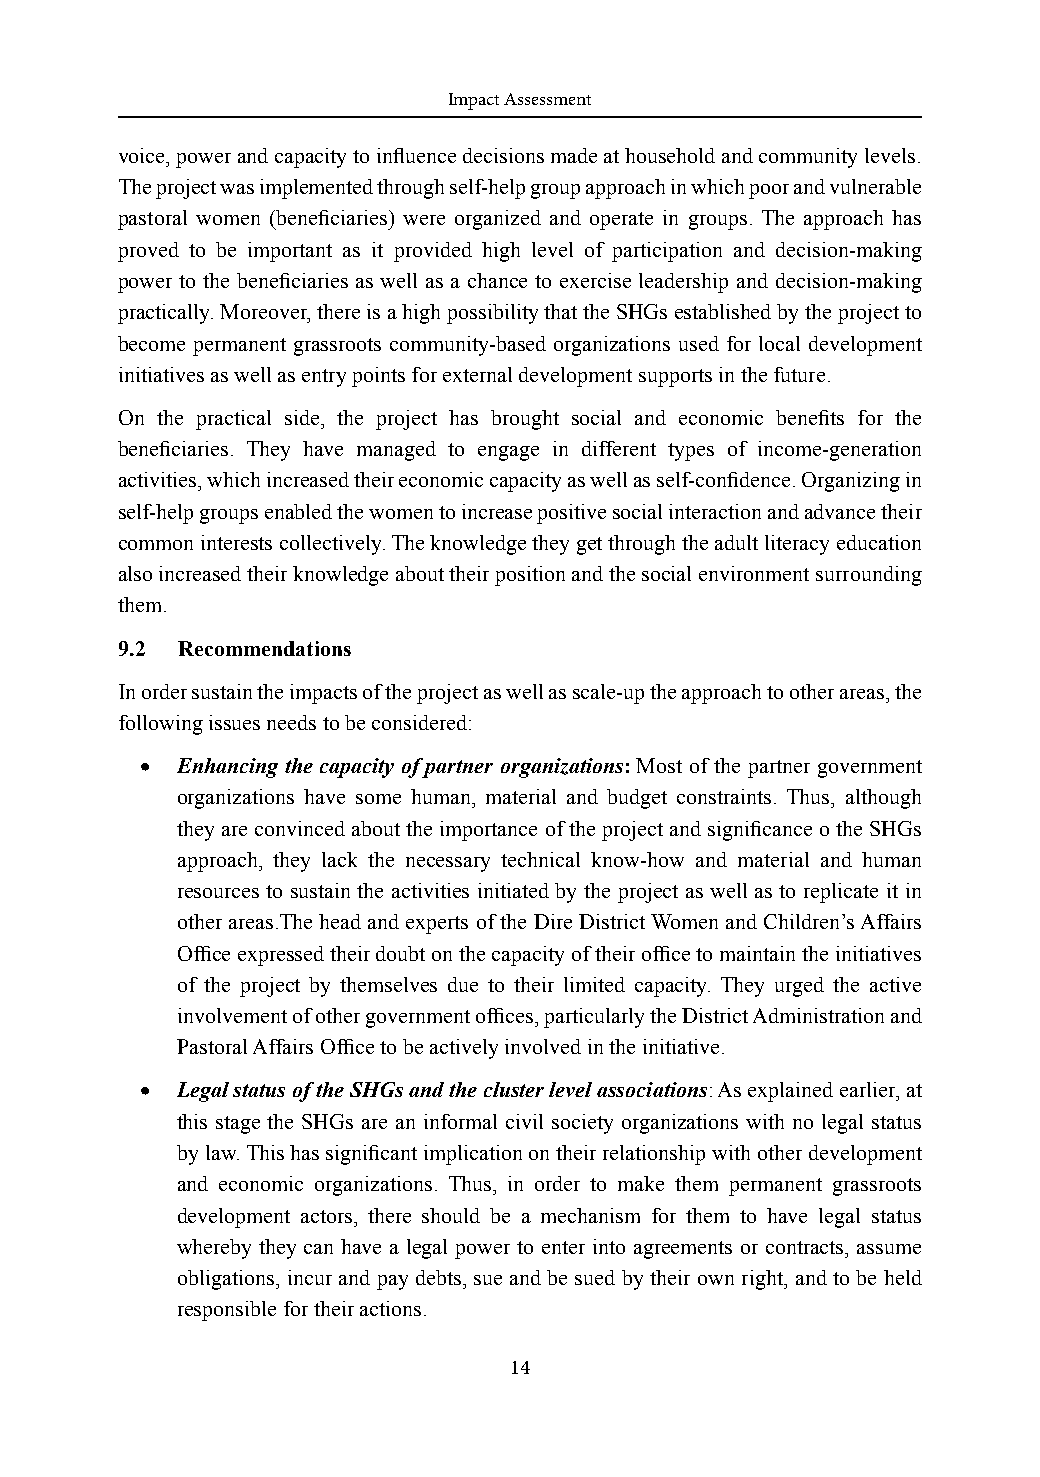
Impact Assessment
 voice, power and capacity to influence decisions made at household and community levels.
 The project was implemented through self-help group approach in which poor and vulnerable
 pastoral women (beneficiaries) were organized and operate in groups. The approach has
 proved to be important as it provided high level of participation and decision-making
 power to the beneficiaries as well as a chance to exercise leadership and decision-making
 practically. Moreover, there is a high possibility that the SHGs established by the project to
 become permanent grassroots community-based organizations used for local development
 initiatives as well as entry points for external development supports in the future.
 On the practical side, the project has brought social and economic benefits for the
 beneficiaries. They have managed to engage in different types of income-generation
 activities, which increased their economic capacity as well as self-confidence. Organizing in
 self-help groups enabled the women to increase positive social interaction and advance their
 common interests collectively. The knowledge they get through the adult literacy education
 also increased their knowledge about their position and the social environment surrounding
 them.
 9.2 Recommendations
 In order sustain the impacts of the project as well as scale-up the approach to other areas, the
 following issues needs to be considered:
 •  Enhancing the capacity of partner organizations: Most of the partner government
 organizations have some human, material and budget constraints. Thus, although
 they are convinced about the importance of the project and significance o the SHGs
 approach, they lack the necessary technical know-how and material and human
 resources to sustain the activities initiated by the project as well as to replicate it in
 other areas.The head and experts of the Dire District Women and Children’s Affairs
 Office expressed their doubt on the capacity of their office to maintain the initiatives
 of the project by themselves due to their limited capacity. They urged the active
 involvement of other government offices, particularly the District Administration and
 Pastoral Affairs Office to be actively involved in the initiative.
 •  Legal status of the SHGs and the cluster level associations: As explained earlier, at
 this stage the SHGs are an informal civil society organizations with no legal status
 by law. This has significant implication on their relationship with other development
 and economic organizations. Thus, in order to make them permanent grassroots
 development actors, there should be a mechanism for them to have legal status
 whereby they can have a legal power to enter into agreements or contracts, assume
 obligations, incur and pay debts, sue and be sued by their own right, and to be held
 responsible for their actions.
 14